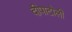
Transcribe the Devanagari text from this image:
दीपाटोली